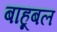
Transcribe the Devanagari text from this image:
बाहूबल